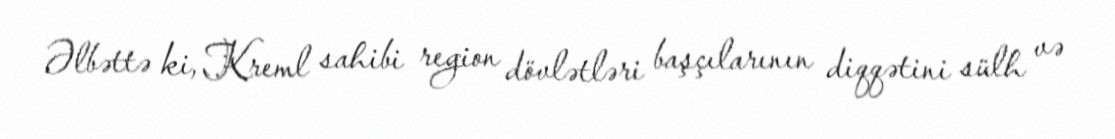
Əlbəttə ki, Kreml sahibi region dövlətləri başçılarının diqqətini sülh və